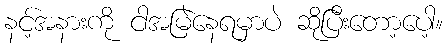
နင့်အနားကို ငါအမြဲနေရမှာပဲ ဆိုပြီးတော့ပေါ့။